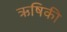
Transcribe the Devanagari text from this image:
ऋषिकी